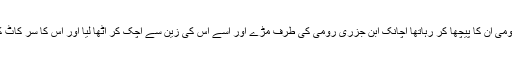
ابن جزری پیچھے ہٹ رہے تھے اور رومی ان کا پیچھا کر رہاتھا اچانک ابن جزری رومی کی طرف مڑے اور اسے اس کی زین سے اچک کر اٹھا لیا اور اس کا سر کاٹ کر اس کے دھڑ کو زمین پر پھینک دیا ۔